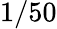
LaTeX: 1/50